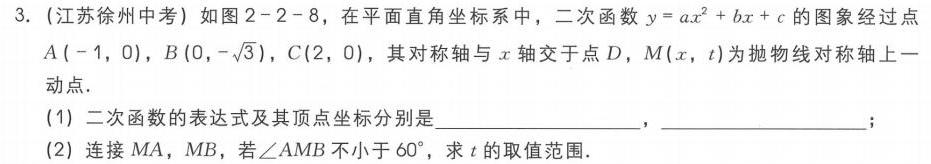
3. (江苏徐州中考) 如图2 - 2 - 8，在平面直角坐标系中，二次函数\(y = ax^{2}+bx + c\)的图象经过点\(A(-1,0)\)，\(B(0,-\sqrt{3})\)，\(C(2,0)\)，其对称轴与\(x\)轴交于点\(D\)，\(M(x,t)\)为抛物线对称轴上一动点.
(1) 二次函数的表达式及其顶点坐标分别是  ，  ；
(2) 连接\(MA\)，\(MB\)，若\(\angle AMB\)不小于\(60^{\circ}\)，求\(t\)的取值范围.